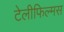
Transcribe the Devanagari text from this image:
टेलीफिल्मस